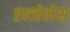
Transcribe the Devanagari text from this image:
एन्जेलेस